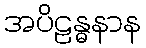
အပိဠန္ဓနာန